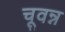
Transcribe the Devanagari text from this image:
चूवन्न